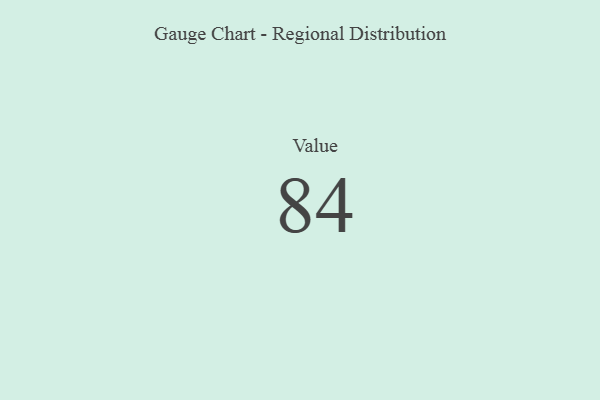
{"axis": {"x": "Metric", "y": "Value"}, "legend": [""], "data": [{"x": "Value", "y": 84, "type": ""}]}